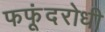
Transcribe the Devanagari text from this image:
फफूंदरोधी